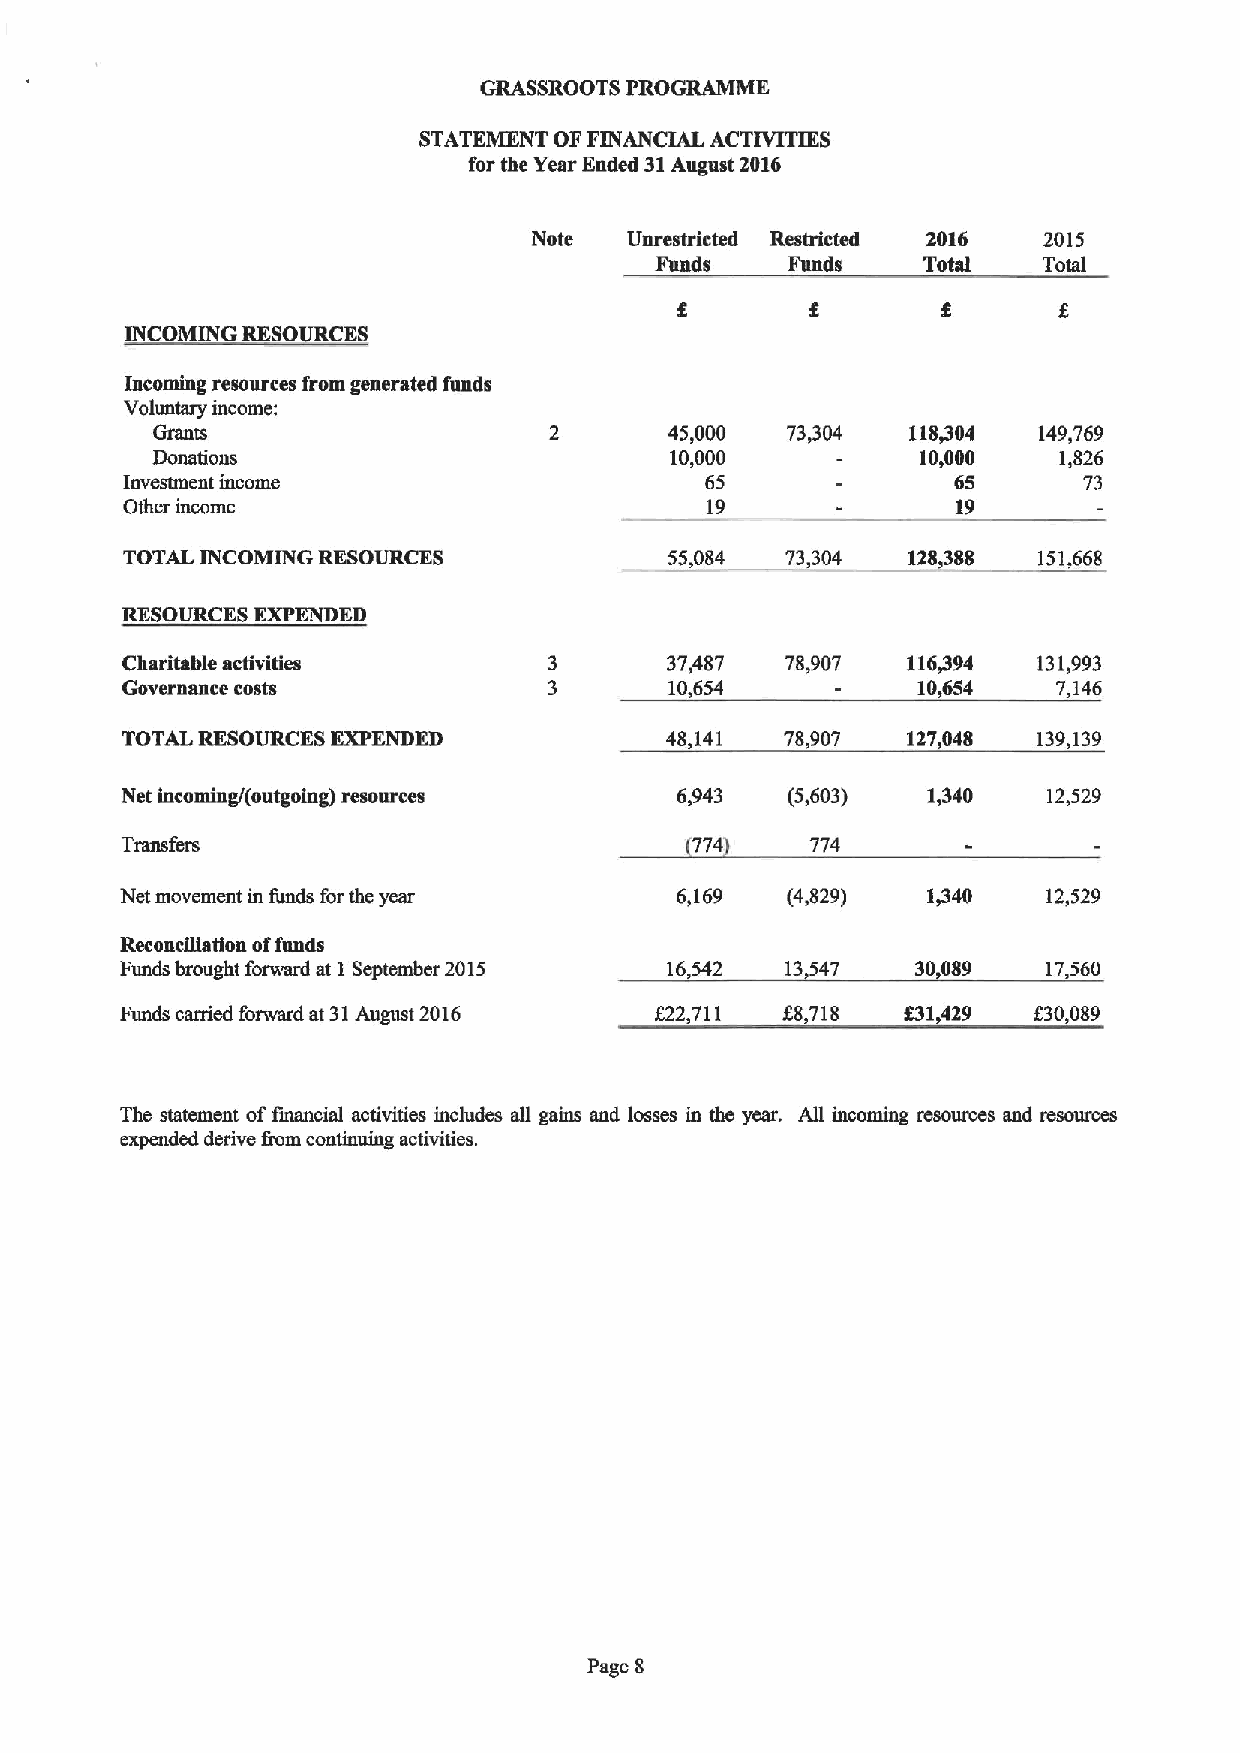
GRASSROOTS PROGRAMME
 STATEMENT OFFINANCIAL ACTIVITIES
 for the Year Ended 31August 2016
 Note   Unrestricted Restricted 2016 2015
 Funds    Funds    Total   Total
 INCOMING RESO CES
 Incoming resources from generated funds
 Voluntary income:
 Grants                            45,000  73,304  118@04   149,769
 Donations                         10,000           10,000   1,826
 Investment income                      65              65       73
 Other income                           19              19
 TOTAL INCOMING RESOURCES            55,084  73,304  128,388  151,668
 RESOURCES EXPENDED
 Charitable activities               37,487  78,907  116494   131,993
 Governance costs                    10,654           10,654   7,146
 TOTAL RESOURCES EXPENDED            48,141  78,907  127,048  139,139
 Net incoming/(outgoing) resources    6,943  (5,603)  1,340   12,529
 Transfers                             774     774
 Net movement in funds for the year   6,169  (4,829)  1440    12,529
 Reconciliation offunds
 Funds brought forwanl at 1 September 2015 16,542 13547 30089 17,560
 Funds cerned forward at 31August 2016 f22,711 88,718 831,429 f30,089
 The statement offinancial activities includes all gains and losses in the year. All incoming resources and resources
 expended derive &am continuing activities.
 Page 8